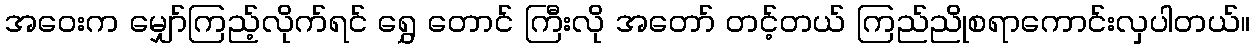
အဝေးက မျှော်ကြည့်လိုက်ရင် ရွှေ တောင် ကြီးလို အတော် တင့်တယ် ကြည်ညိုစရာကောင်းလှပါတယ်။